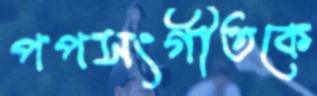
পপসংগীতকে